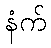
နံက်